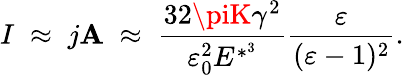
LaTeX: I\; \approx\; j\mathbf{A}\; \approx\; \frac{{32\piK\gamma^{2}}}{{\varepsilon_{0}^{2}E^{*^{3}}}}\frac{{\varepsilon}}{{(\varepsilon-1)^{2}}}.